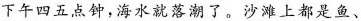
下午四五点钟，海水就落潮了。沙滩上都是鱼、